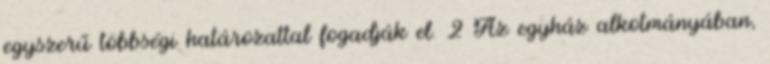
egyszerű többségi határozattal fogadják el. 2 Az egyház alkotmányában,